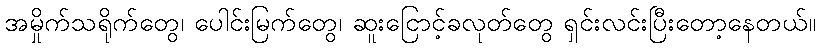
အမှိုက်သရိုက်တွေ၊ ပေါင်းမြက်တွေ၊ ဆူးငြောင့်ခလုတ်တွေ ရှင်းလင်းပြီးတော့နေတယ်။